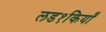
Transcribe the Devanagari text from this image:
लड१कियाँ